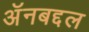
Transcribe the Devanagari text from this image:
अॅनबद्दल